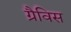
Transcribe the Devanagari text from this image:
ग्रैविस